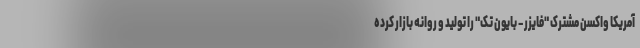
آمریکا واکسن مشترک "فایزر – بایون تک" را تولید و روانه بازار کرده